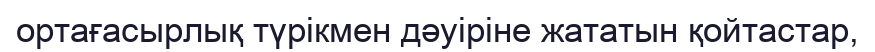
ортағасырлық түрікмен дәуіріне жататын қойтастар,